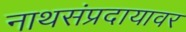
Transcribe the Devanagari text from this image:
नाथसंप्रदायावर